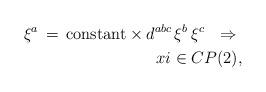
LaTeX: \begin{align*}\xi^a\,=\,{\rm constant}\times d^{abc}\,\xi^b\,\xi^c \ \ \Rightarrow \ \\xi \in CP(2), \end{align*}